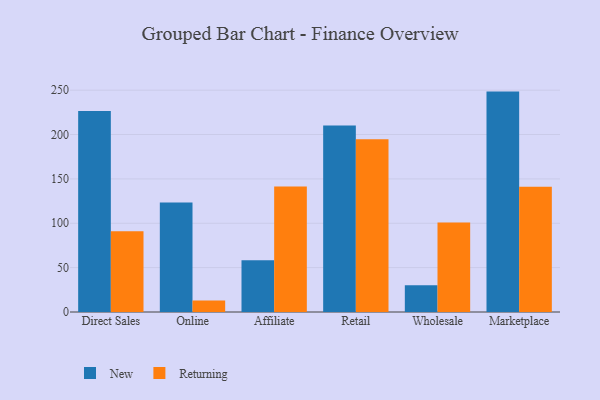
{"axis": {"x": "Channel", "y": "Satisfaction Score"}, "legend": ["New", "Returning"], "data": [{"x": "Direct Sales", "y": 226.4, "type": "New"}, {"x": "Direct Sales", "y": 91.1, "type": "Returning"}, {"x": "Online", "y": 123.4, "type": "New"}, {"x": "Online", "y": 13.0, "type": "Returning"}, {"x": "Affiliate", "y": 58.2, "type": "New"}, {"x": "Affiliate", "y": 141.4, "type": "Returning"}, {"x": "Retail", "y": 210.1, "type": "New"}, {"x": "Retail", "y": 194.6, "type": "Returning"}, {"x": "Wholesale", "y": 30.1, "type": "New"}, {"x": "Wholesale", "y": 100.9, "type": "Returning"}, {"x": "Marketplace", "y": 248.4, "type": "New"}, {"x": "Marketplace", "y": 141.1, "type": "Returning"}]}